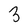
Character: 3